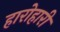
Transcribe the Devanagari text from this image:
हारोहारी